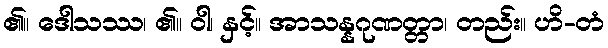
၏။ ဒေါသဿ၊ ၏။ ဝါ၊ နှင့်။ အာသန္နဂုဏတ္တာ၊ တည်း။ ဟိ-တံ